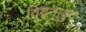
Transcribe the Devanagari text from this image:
विद्वन्मुकुट